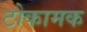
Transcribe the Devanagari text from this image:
टोकामक